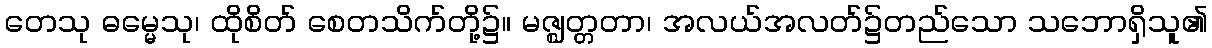
တေသု ဓမ္မေသု၊ ထိုစိတ် စေတသိက်တို့၌။ မဇ္ဈတ္တတာ၊ အလယ်အလတ်၌တည်သော သဘောရှိသူ၏